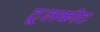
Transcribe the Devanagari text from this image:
टूलकीट